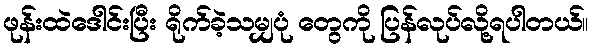
ဖုန်းထဲဒေါင်းပြီး ရိုက်ခဲ့သမျှပုံ တွေကို ပြန်လုပ်လို့ရပါတယ်။